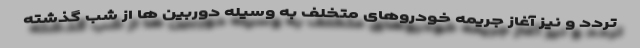
تردد و نیز آغاز جریمه خودروهای متخلف به وسیله دوربین ها از شب گذشته